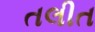
તલીત